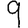
Digit: 9